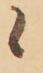
候